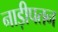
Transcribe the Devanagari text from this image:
नाड़ीपतन